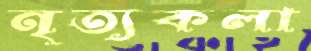
নৃত্যকলা